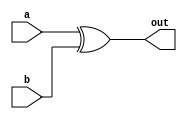
// Engineer:
//
// Design Name:
// Module Name:    Q2_st
// Project Name:
// Target Devices:
// Tool versions:
// Description:
//
// Dependencies:
//
// Revision:
// Revision 0.01 - File Created
// Additional Comments:
//
//////////////////////////////////////////////////////////////////////////////////
module xorop(
    input [31:0] a,
    input [31:0] b ,
    output [31:0] out
    );

    //This is the behavioural version.
    assign out = a ^ b;

endmodule